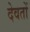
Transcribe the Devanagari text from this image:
देवतों